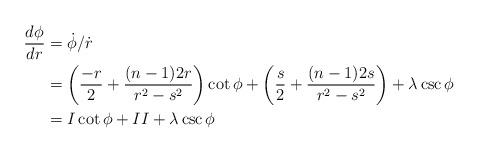
LaTeX: \begin{align*}\frac{d\phi}{dr} &= \dot{\phi} / \dot{r} \\ &= \left(\frac{-r}{2} + \frac{(n-1)2r}{r^2-s^2} \right)\cot \phi + \left(\frac{s}{2} + \frac{(n-1)2s}{r^2-s^2} \right) + \lambda \csc \phi \\&= I \cot \phi + II + \lambda \csc \phi\end{align*}